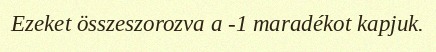
Ezeket összeszorozva a -1 maradékot kapjuk.